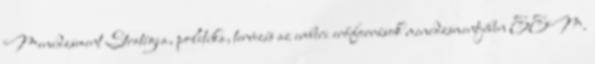
Menedzsment Stratégia, politika, tervezés az emberi erőforrások menedzsmentjében EEM.